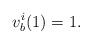
LaTeX: \begin{align*}v_b^i(1) = 1.\end{align*}